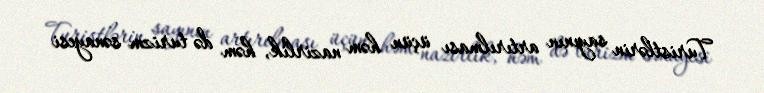
Turistlərin sayının artırılması üçün həm nazirlik, həm də turizm sənayesi